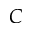
C